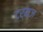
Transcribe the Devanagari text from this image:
टर्म्ज